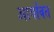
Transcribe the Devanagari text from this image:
आर्यावत